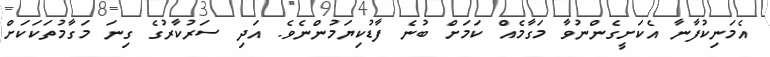
އެމަނިކުފާނާ އެކަށީގެންނުވާ މަގާމެއް ކަމަށް ބުނެ ފާޑުކިޔަމުންނެވެ. އަދި ސަރުކާރުގެ ގިނަ މަގާމުތަކަކަށް